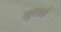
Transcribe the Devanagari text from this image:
खुलतौ